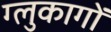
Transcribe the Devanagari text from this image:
ग्लुकागों